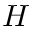
H